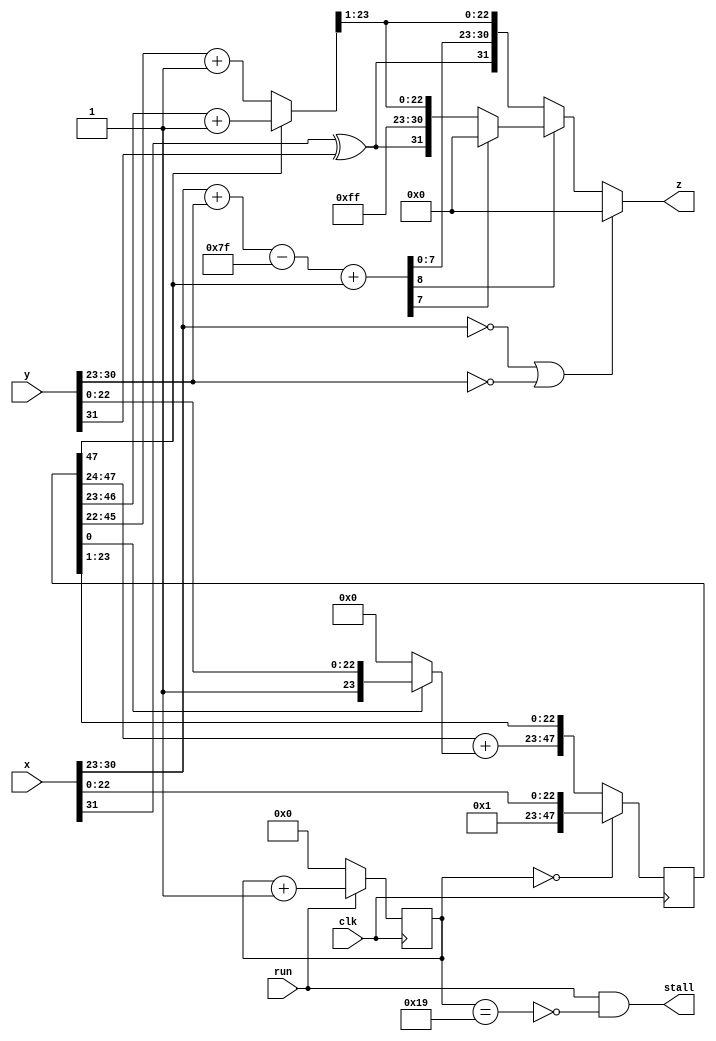
`timescale 1ns / 1ps  // NW 15.9.2015  8.8.2016
module FPMultiplier(
  input clk, run,
  input [31:0] x, y,
  output stall,
  output [31:0] z);

reg [4:0] S;  // state
reg [47:0] P; // product

wire sign;
wire [7:0] xe, ye;
wire [8:0] e0, e1;
wire [24:0] w1, z0;
wire [23:0] w0;

assign sign = x[31] ^ y[31];
assign xe = x[30:23];
assign ye = y[30:23];
assign e0 = xe + ye;
assign e1 = e0 - 127 + P[47];

assign stall = run & ~(S == 25);
assign w0 = P[0] ? {1'b1, y[22:0]} : 0;
assign w1 = {1'b0, P[47:24]} + {1'b0, w0};
assign z0 = P[47] ? P[47:23]+1 : P[46:22]+1;  // round and normalize
assign z = (xe == 0) | (ye == 0) ? 0 :
   (~e1[8]) ? {sign, e1[7:0], z0[23:1]} :
   (~e1[7]) ? {sign, 8'b11111111, z0[23:1]} : 0;
always @ (posedge(clk)) begin
    P <= (S == 0) ? {24'b0, 1'b1, x[22:0]} : {w1, P[23:1]};
    S <= run ? S+1 : 0;
end
endmodule